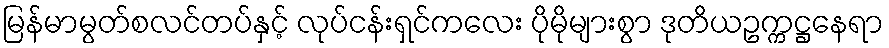
မြန်မာမွတ်စလင်တပ်နှင့် လုပ်ငန်းရှင်ကလေး ပိုမိုများစွာ ဒုတိယဥက္ကဋ္ဌနေရာ